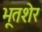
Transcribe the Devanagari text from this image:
भूतशेर